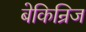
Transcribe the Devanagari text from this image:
बेकिन्रिज